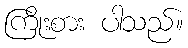
ကြိုးစား ပါသည်။